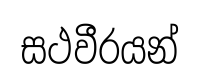
සථවීරයන්